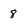
Character: 8